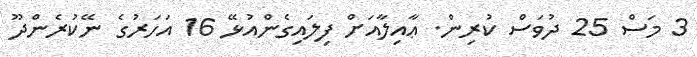
3 މަސް 25 ދުވަސް ކުރިން. ޢާއިލާއަށް ފިލައިގެންއުޅޭ 16 އަހަރުގެ ނޭކުރެންދޫ